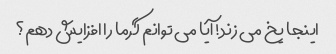
اینجا یخ می زند! آیا می توانم گرما را افزایش دهم؟